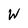
Character: W